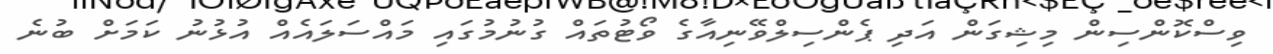
ވިސްކޮންސިން މިޝިގަން އަދި ޕެންސިލްވޭނިއާގެ ވޯޓުތައް ގުނުމުގައި މައްސަލައެއް އުޅުނު ކަމަށް ބުނެ